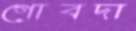
গোবদা